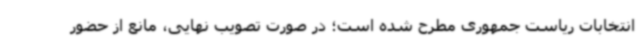
انتخابات ریاست جمهوری مطرح شده است؛ در صورت تصویب نهایی، مانع از حضور